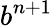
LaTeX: b^{n+1}